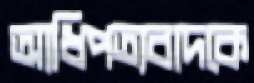
আধিপত্যবাদকে